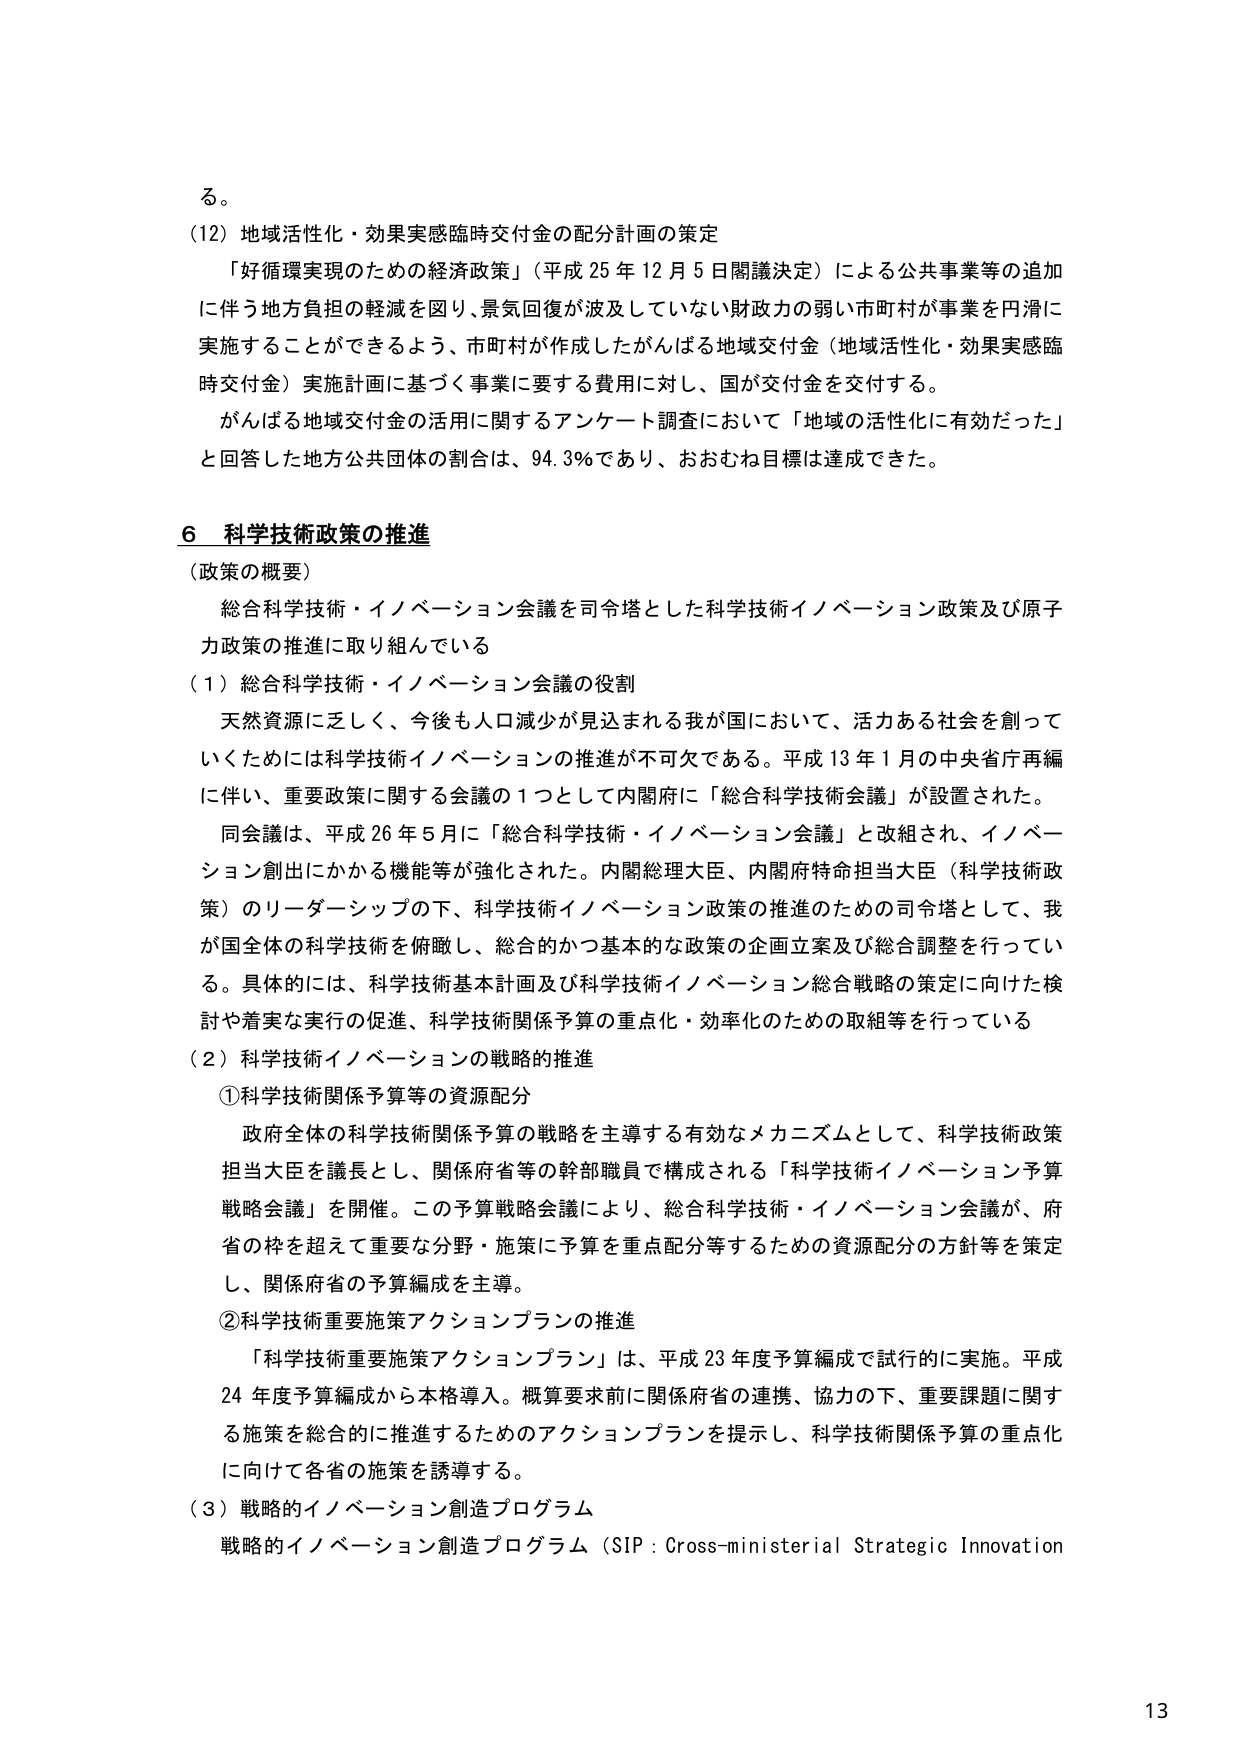
る。

(12) 地域活性化・効果実感臨時交付金の配分計画の策定

「好循環実現のための経済政策」（平成25年12月5日閣議決定）による公共事業等の追加に伴う地方負担の軽減を図り、景気回復が波及していない財政力の弱い市町村が事業を円滑に実施することができるよう、市町村が作成したがんばる地域交付金（地域活性化・効果実感臨時交付金）実施計画に基づく事業に要する費用に対し、国が交付金を交付する。

がんばる地域交付金の活用に関するアンケート調査において「地域の活性化に有効だった」と回答した地方公共団体の割合は、94.3％であり、おおむね目標は達成できた。

6 科学技術政策の推進

（政策の概要）

総合科学技術・イノベーション会議を司令塔とした科学技術イノベーション政策及び原子力政策の推進に取り組んでいる

(1) 総合科学技術・イノベーション会議の役割

天然資源に乏しく、今後も人口減少が見込まれる我が国において、活力ある社会を創っていくためには科学技術イノベーションの推進が不可欠である。平成13年1月の中央省庁再編に伴い、重要政策に関する会議の1つとして内閣府に「総合科学技術会議」が設置された。

同会議は、平成26年5月に「総合科学技術・イノベーション会議」と改組され、イノベーション創出にかかる機能等が強化された。内閣総理大臣、内閣府特命担当大臣（科学技術政策）のリーダーシップの下、科学技術イノベーション政策の推進のための司令塔として、我が国全体の科学技術を俯瞰し、総合的かつ基本的な政策の企画立案及び総合調整を行っている。具体的には、科学技術基本計画及び科学技術イノベーション総合戦略の策定に向けた検討や着実な実行の促進、科学技術関係予算の重点化・効率化のための取組等を行っている

(2) 科学技術イノベーションの戦略的推進

①科学技術関係予算等の資源配分

政府全体の科学技術関係予算の戦略を主導する有効なメカニズムとして、科学技術政策担当大臣を議長とし、関係府省等の幹部職員で構成される「科学技術イノベーション予算戦略会議」を開催。この予算戦略会議により、総合科学技術・イノベーション会議が、府省の枠を超えて重要な分野・施策に予算を重点配分等するための資源配分の方針等を策定し、関係府省の予算編成を主導。

②科学技術重要施策アクションプランの推進

「科学技術重要施策アクションプラン」は、平成23年度予算編成で試行的に実施。平成24年度予算編成から本格導入。概算要求前に関係府省の連携、協力の下、重要課題に関する施策を総合的に推進するためのアクションプランを提示し、科学技術関係予算の重点化に向けて各省の施策を誘導する。

(3) 戦略的イノベーション創造プログラム

戦略的イノベーション創造プログラム（SIP : Cross-ministerial Strategic Innovation

13